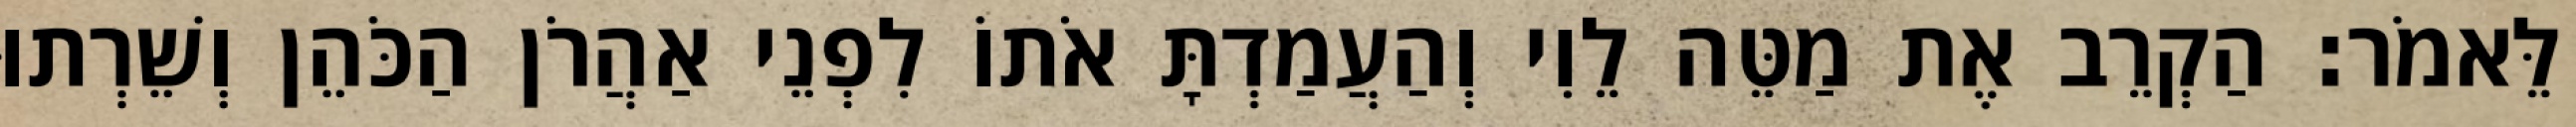
לֵּאמֹר׃ הַקְרֵב אֶת מַטֵּה לֵוִי וְהַעֲמַדְתָּ אֹתוֹ לִפְנֵי אַהֲרֹן הַכֹּהֵן וְשֵׁרְתוּ